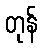
တုန်